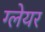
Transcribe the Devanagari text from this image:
ग्‍लेयर